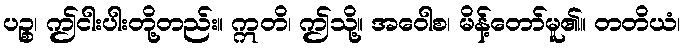
ပဉ္စ၊ ဤငါးပါးတို့တည်း။ ဣတိ၊ ဤသို့။ အဝေါစ၊ မိန့်တော်မူ၏။ တတိယံ၊